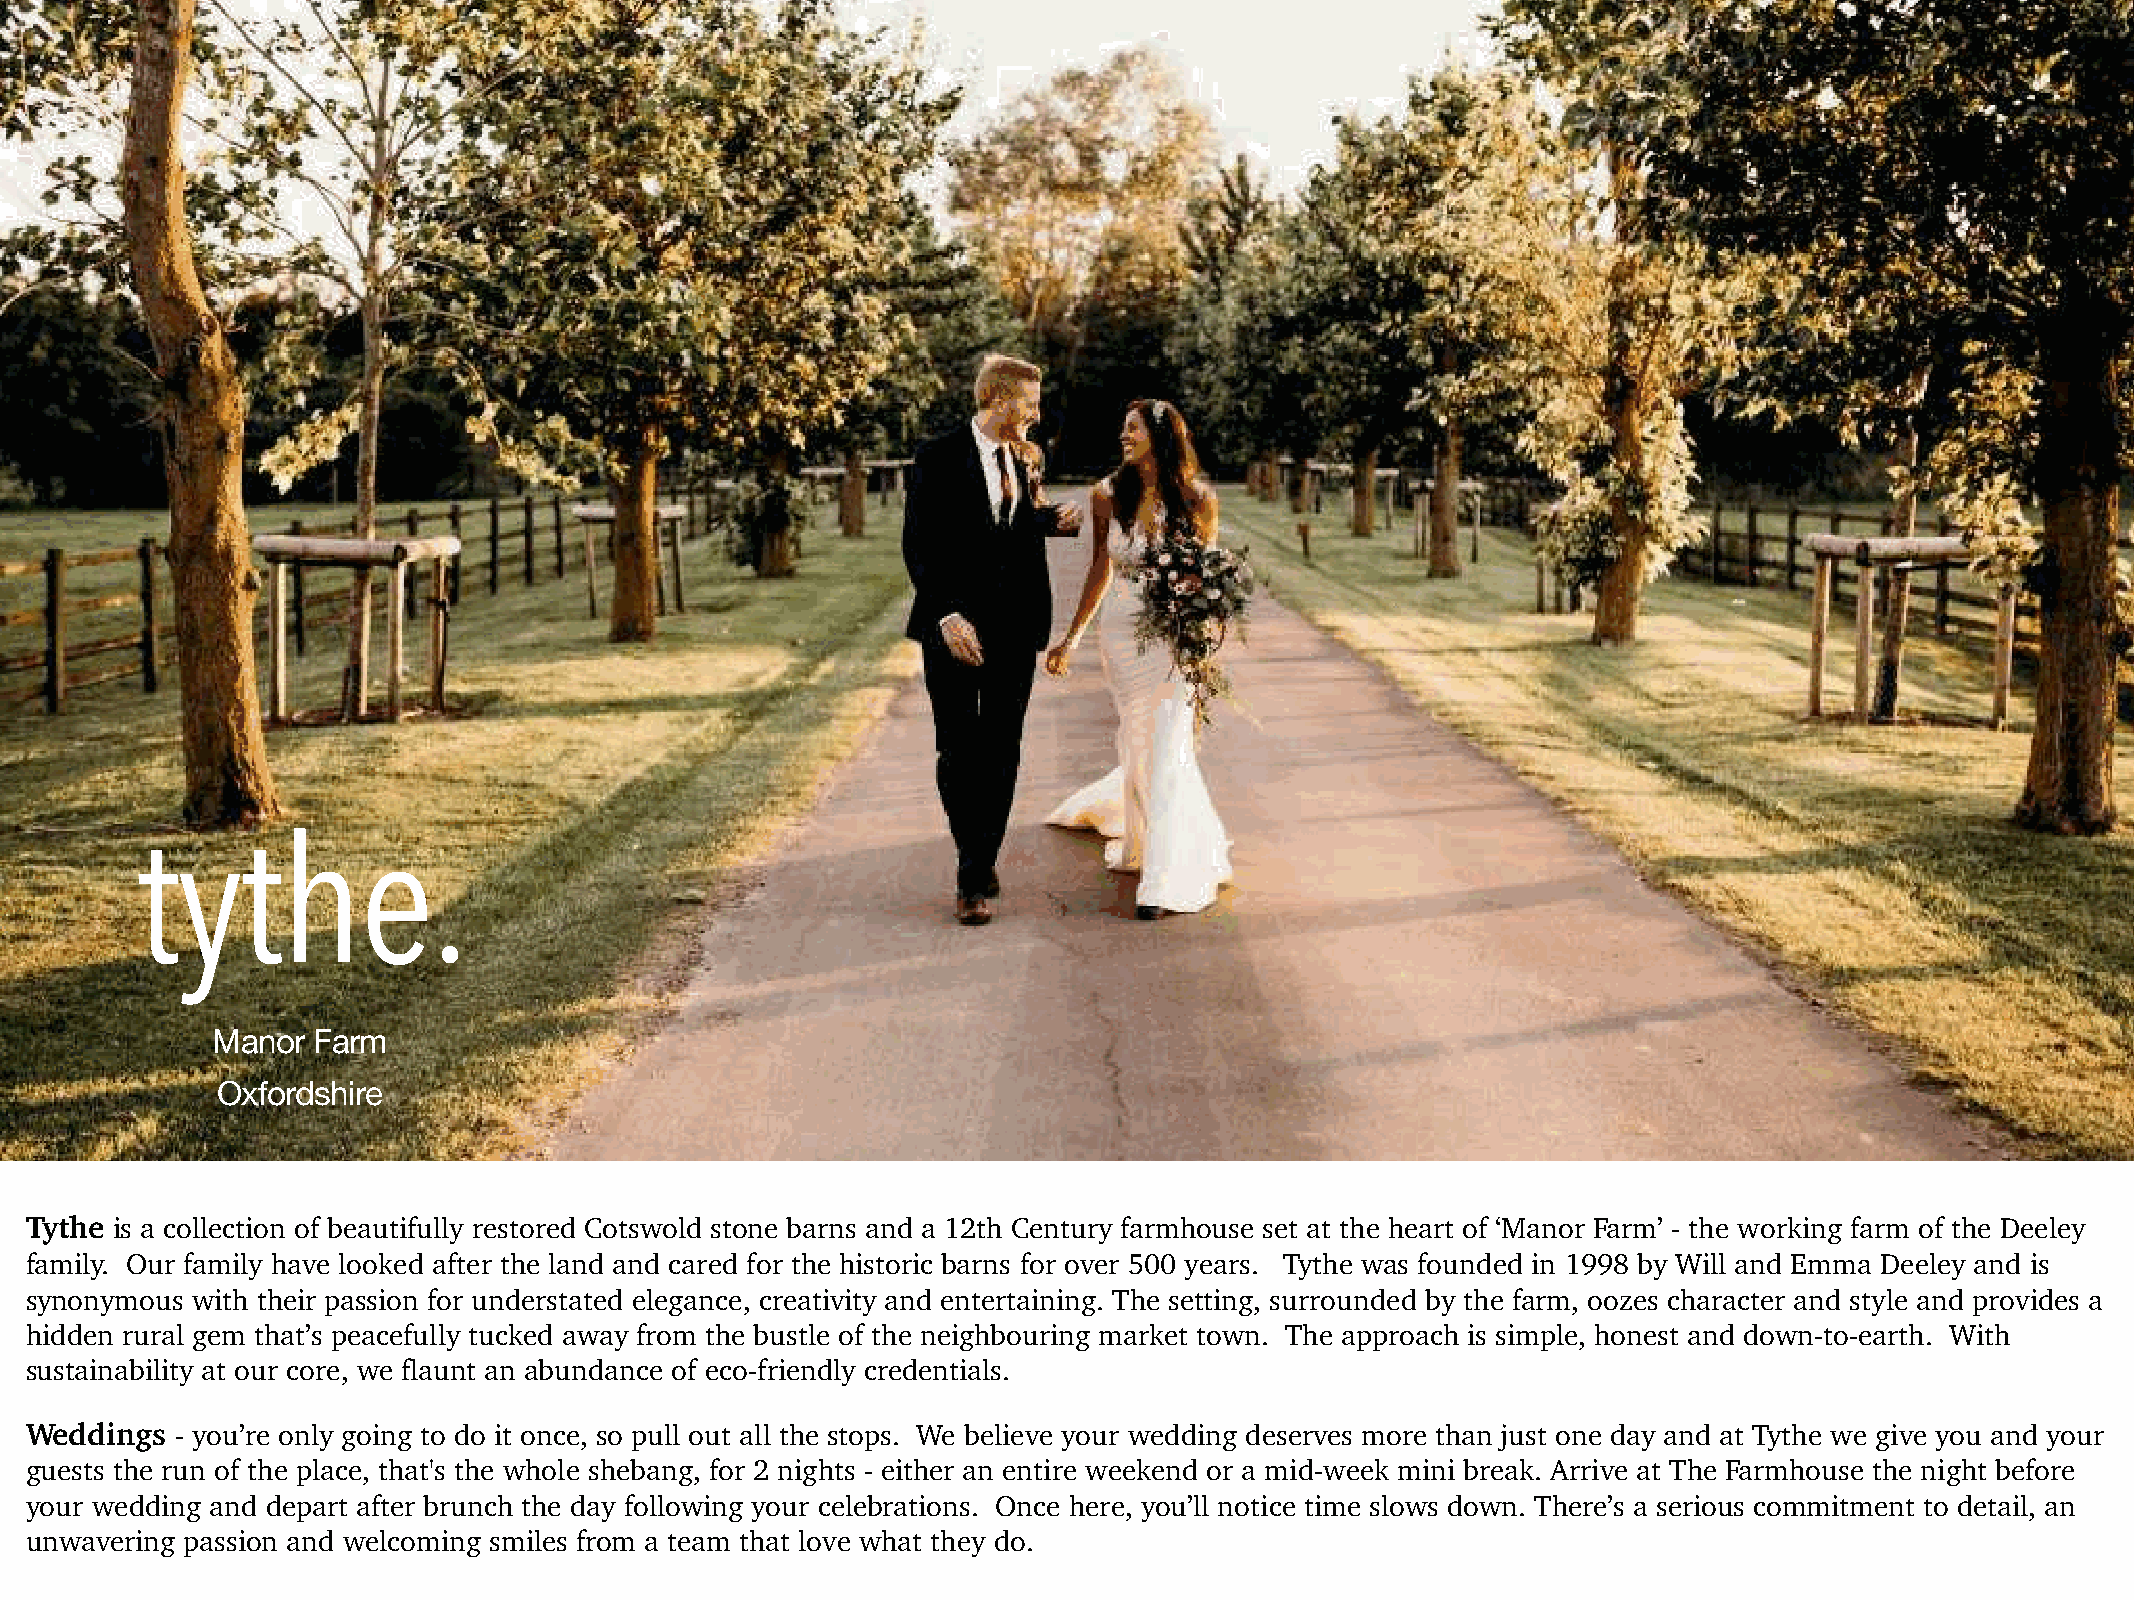
tythe.
 Manor  Farm
 Oxfordshire
 Tythe is a collection of beautifully restored Cotswold stone barns and a 12th Century farmhouse set at the heart of ‘Manor Farm’ - the working farm of the Deeley
 family. Our family have looked after the land and cared for the historic barns for over 500 years. Tythe was founded in 1998 by Will and Emma Deeley and is
 synonymous with their passion for understated elegance, creativity and entertaining. The setting, surrounded by the farm, oozes character and style and provides a
 hidden rural gem that’s peacefully tucked away from the bustle of the neighbouring market town. The approach is simple, honest and down-to-earth. With
 sustainability at our core, we flaunt an abundance of eco-friendly credentials.
 Weddings  - you’re only going to do it once, so pull out all the stops. We believe your wedding deserves more than just one day and at Tythe we give you and your
 guests the run of the place, that's the whole shebang, for 2 nights - either an entire weekend or a mid-week mini break. Arrive at The Farmhouse the night before
 your wedding and depart after brunch the day following your celebrations. Once here, you’ll notice time slows down. There’s a serious commitment to detail, an
 unwavering passion and welcoming smiles from a team that love what they do.